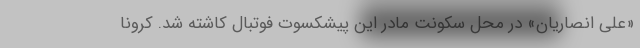
«علی انصاریان» در محل سکونت مادر این پیشکسوت فوتبال کاشته شد. کرونا